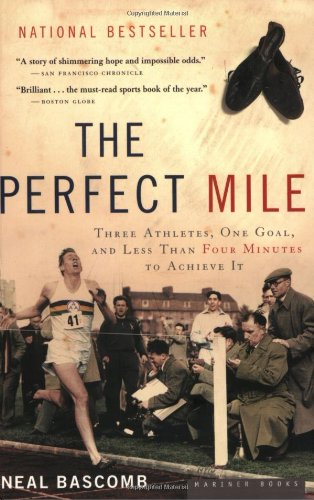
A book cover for The Perfect Mile: Three Athletes, One Goal, and Less Than Four Minutes to Achieve It; Neal Bascomb; Health, Fitness & Dieting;